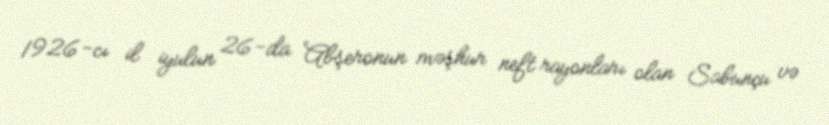
1926-cı il iyulun 26-da Abşeronun məşhur neft rayonları olan Sabunçu və